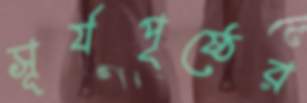
সূর্যপৃষ্ঠের